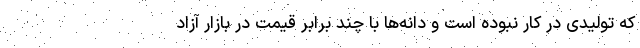
که تولیدی در کار نبوده است و دانه‌ها با چند برابر قیمت در بازار آزاد